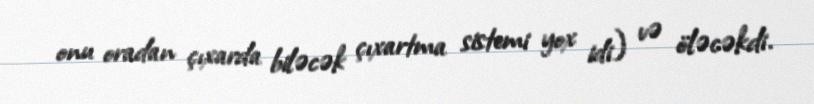
onu oradan çıxarda biləcək çıxartma sistemi yox idi) və öləcəkdi.